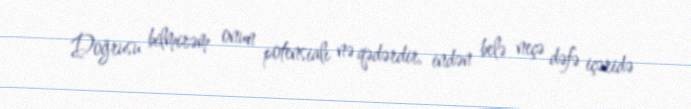
Doğrusu bilmirəm onun potensialı nə qədərdir, indən belə neçə dəfə içəridə